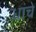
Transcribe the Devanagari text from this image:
धांचे